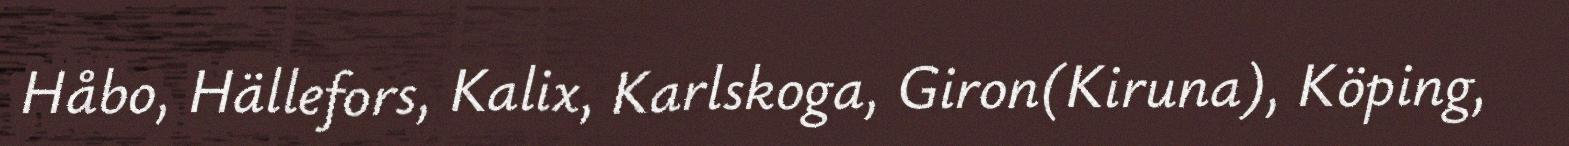
Håbo, Hällefors, Kalix, Karlskoga, Giron(Kiruna), Köping,